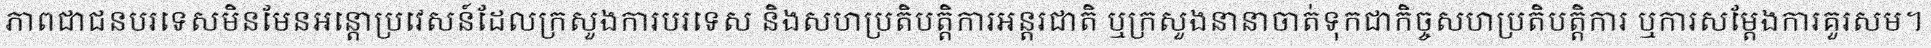
ភាពជាជនបរទេសមិនមែនអន្តោប្រវេសន៍ដែលក្រសួងការបរទេស និងសហប្រតិបត្តិការអន្តរជាតិ ឬក្រសួងនានាចាត់ទុកជាកិច្ចសហប្រតិបត្តិការ ឬការសម្តែងការគួរសម។